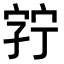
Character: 𫳘